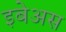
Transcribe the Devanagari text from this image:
इबेअस